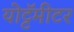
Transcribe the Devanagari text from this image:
योट्टॅमीटर